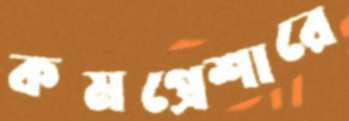
কমপ্রেশারে